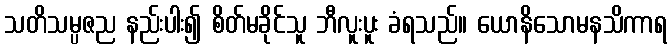
သတိသမ္ပဇည နည်းပါး၍ စိတ်မခိုင်သူ ဘီလူးပူး ခံရသည်။ ယောနိသောမနသိကာရ